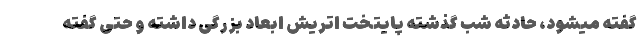
گفته میشود، حادثه شب گذشته پایتخت اتریش ابعاد بزرگی داشته و حتی گفته